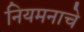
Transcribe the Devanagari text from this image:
नियमनाचे